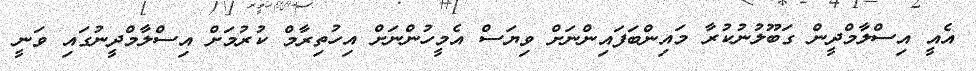
އެއީ އިސްލާމްދީން ގަބޫލުނުކުރާ މައިންބަފައިންނަށް ވިޔަސް އެމީހުންނަށް އިހުތިރާމް ކުރުމަށް އިސްލާމްދީނުގައި ވަނީ